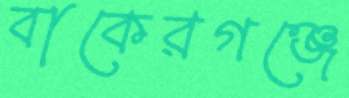
বাকেরগঞ্জে